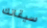
سيقانك